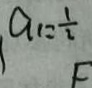
a _ { 1 } = \frac { 1 } { 2 }